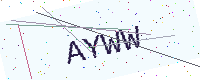
Text: AYWW